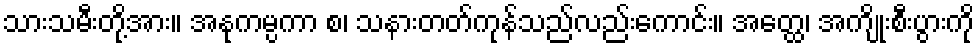
သားသမီးတို့အား။ အနုကမ္ပကာ စ၊ သနားတတ်ကုန်သည်လည်းကောင်း။ အတ္ထေ၊ အကျိုးစီးပွားကို